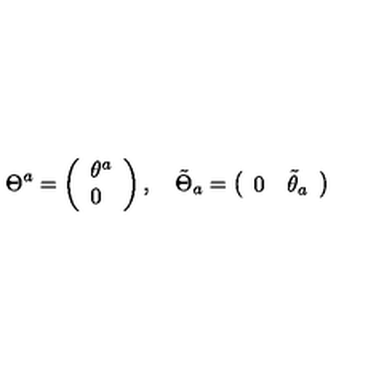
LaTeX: \Theta ^ { a } = \left( \begin{array} { l } { \theta ^ { a } } \\ { 0 } \\ \end{array} \right) , \quad \tilde { \Theta } _ { a } = \left( \begin{array} { l l } { 0 } & { \tilde { \theta } _ { a } } \\ \end{array} \right)